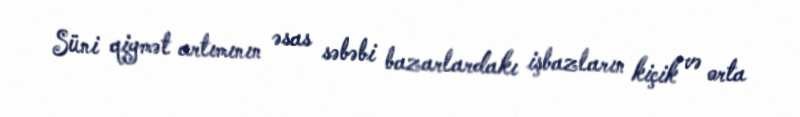
Süni qiymət artımının əsas səbəbi bazarlardakı işbazların kiçik və orta